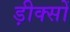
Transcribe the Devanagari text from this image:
ड़ीक्सों